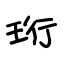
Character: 珩